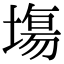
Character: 塲